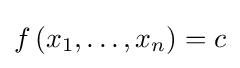
f\left(x_{1},\dots ,x_{n}\right)=c